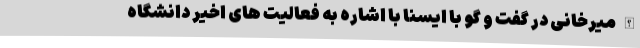
الله میرخانی در گفت و گو با ایسنا با اشاره به فعالیت های اخیر دانشگاه